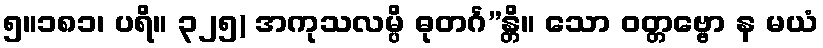
၅။၁၈၁၊ ပရိ။ ၃၂၅) အကုသလမ္ပိ ဓုတင်္ဂ”န္တိ။ သော ဝတ္တဗ္ဗော န မယံ